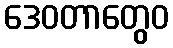
ဒေဝတာတွေဝ